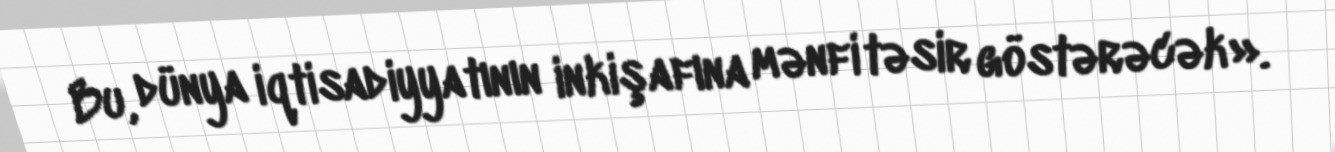
Bu, dünya iqtisadiyyatının inkişafına mənfi təsir göstərəcək».